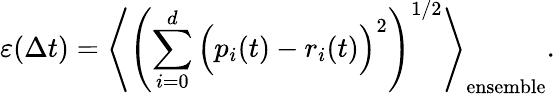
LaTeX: \varepsilon(\Delta t)=\left\langle\left(\sum_{i=0}^{d}\Big(p_{i}(t)-r_{i}(t)\Big)^{2}\right)^{1/2}\right\rangle_{\mathrm{{ensemble}}}.